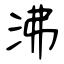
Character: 沸